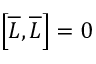
\left[ { \overline { { L } } } , { \overline { { L } } } \right] = 0